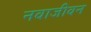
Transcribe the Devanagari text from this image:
नवाजीवन